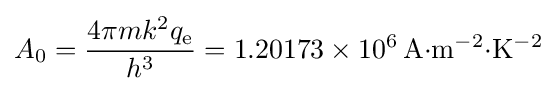
A_{0}={4\pi mk^{2}q_{\text{e}} \over h^{3}}=1.20173\times 10^{6}\,\mathrm {A{\cdot }m^{-2}{\cdot }K^{-2}}